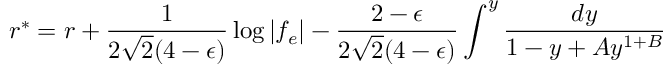
r ^ { * } = r + { \frac { 1 } { 2 \sqrt 2 ( 4 - \epsilon ) } } \log | f _ { e } | - { \frac { 2 - \epsilon } { 2 \sqrt 2 ( 4 - \epsilon ) } } \int ^ { y } { \frac { d y } { 1 - y + A y ^ { 1 + B } } }